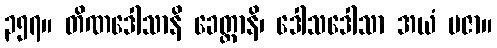
၃၅၇။ တိဏဒေါသာနိ ခေတ္တာနိ၊ ဒေါသဒေါသာ အယံ ပဇာ။